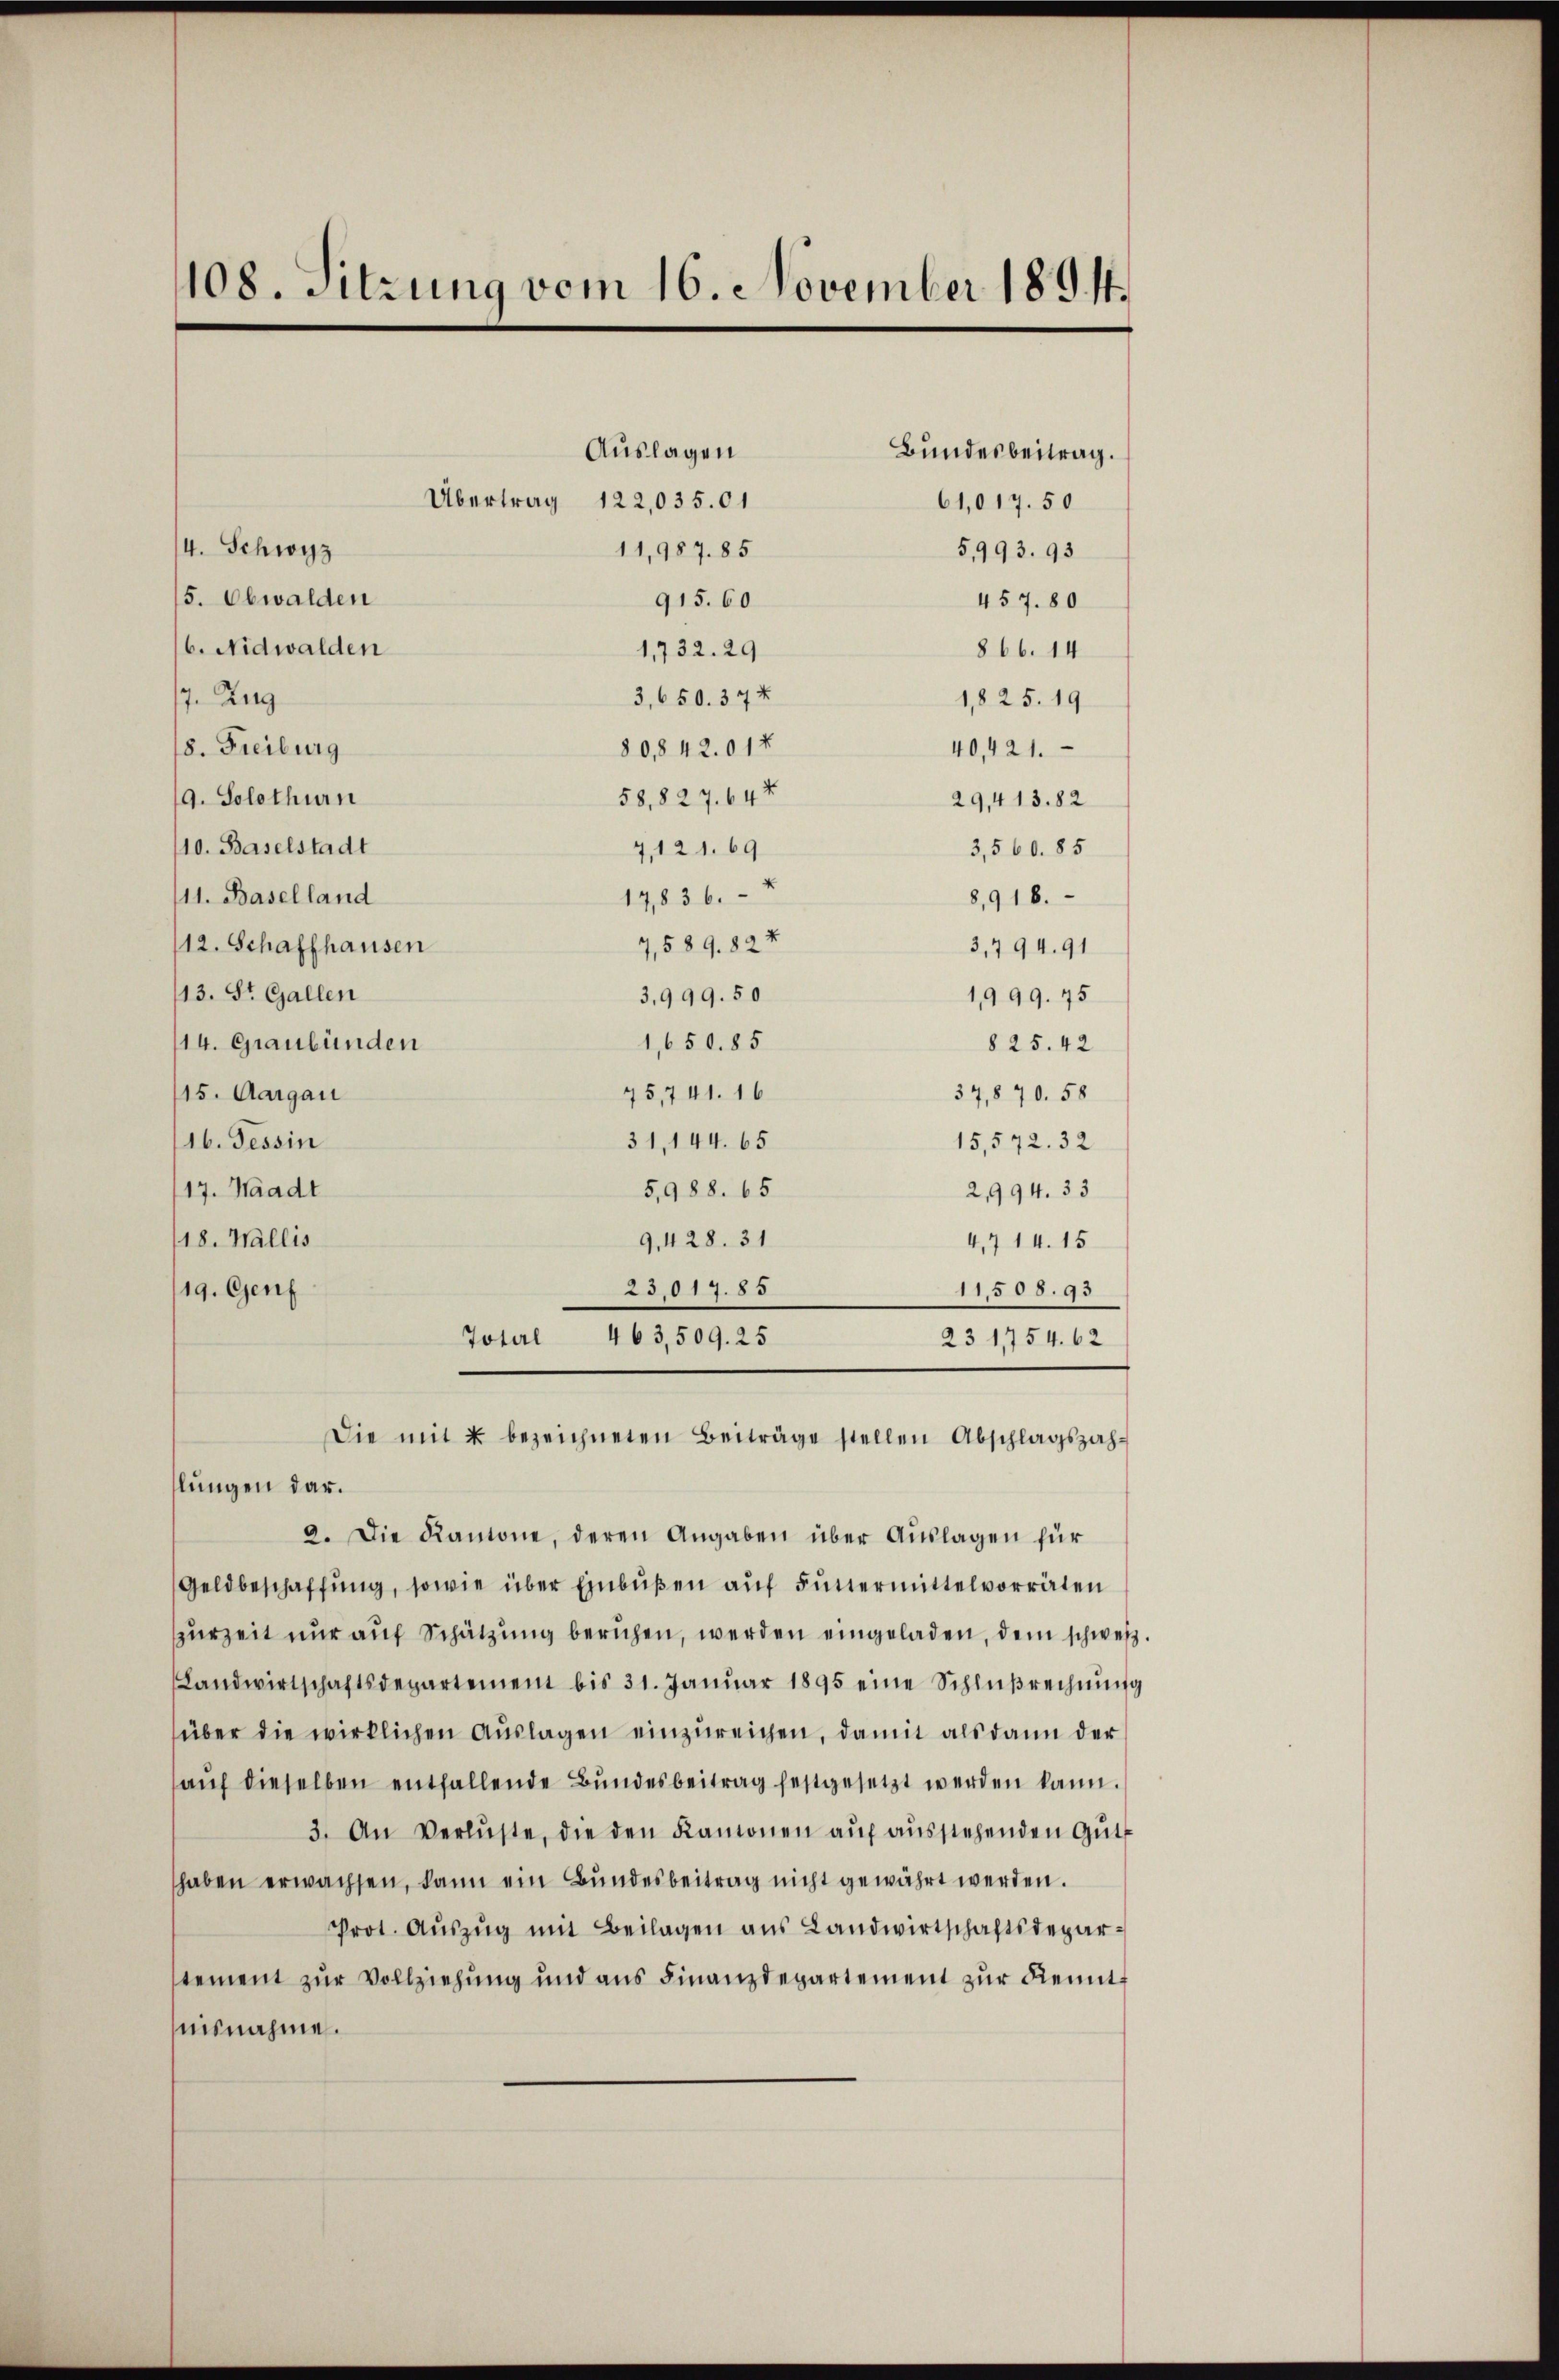
108. Sitzung vom 16. November 1894.

Auslagen
Übertrag 122,035.01
4. Schwyz
11,987. 85
5. Obwalden
915. 60
6. Nidwalden
1,732. 29
3,650. 374
7. Zug
8. Freiburg
80,842. 01 x
40,421.
58,827. 64 x
g. Solothurn
29,413. 82
7,121. 69
10. Baselstadt
3,560. 85
11. Baselland
17836.
8,916.
7,589. 82 x
12. Schaffhausen
3,794. 91
13. St. Gallen
3,999. 50
1,999. 45
1,650. 85
14. Graubünden
§ 25. 42
75,741. 16
15. Aargau
37,870. 58
31, 144. 65
16. Tessin
15,572. 32
5,988. 65
17. Waadt
2,994. 33
18. Wallis
9,428. 31
4,714. 15
23,017. 85
19. Genf
11,508. 93
Toterl 463,509. 25
23 1754. 62
Die mit u bezeichneten Beiträge stellen Abschlagszahlungen dar.
2. Die Kantone, deren Angaben über Auslagen für
Geldbeschaffŭng, sowie über Einbußen auf Futtermittelvorräten
spurzeit nur auf Schätzung beruhen, werden eingeladen, dem schweiz
Landwirtschaftsdepartement bis 31. Janŭar 1895 eine Schlŭβrechnŭng
über die wirklichen Auslagen einzureichen, damit als dann der
aŭf dieselben entfallende Bŭndesbeitrag festgesetzt werden kann.
3. An Verluste, die den Kamonen aŭf aŭsstehenden Gŭt
haben erwachsen, dann ein Bundesbeitrag nicht gewährt werden.
Prot. Aŭszŭg mit Beilagen aus Landwirtschaftsdeparstement zur Vollziehung und aus Finanzdepartement zur Kenntmisnahme.

Bundesbeitrag.
61,017. 50
5,993. 93
457. 80
866. 14
1825. 19